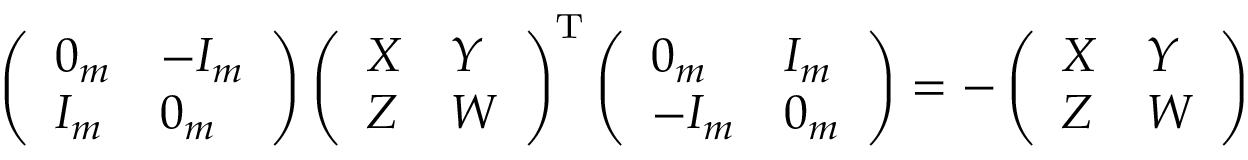
\left( { \begin{array} { l l } { 0 _ { m } } & { - I _ { m } } \\ { I _ { m } } & { 0 _ { m } } \end{array} } \right) \left( { \begin{array} { l l } { X } & { Y } \\ { Z } & { W } \end{array} } \right) ^ { \mathrm { T } } \left( { \begin{array} { l l } { 0 _ { m } } & { I _ { m } } \\ { - I _ { m } } & { 0 _ { m } } \end{array} } \right) = - \left( { \begin{array} { l l } { X } & { Y } \\ { Z } & { W } \end{array} } \right)